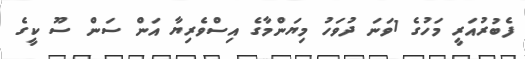
ފެބުރުއަރީ މަހުގެ 1ވަނަ ދުވަހު މިޔަންމާގެ އިސްވެރިޔާ އަން ސަން ސޫ ކީގެ